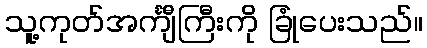
သူ့ကုတ်အင်္ကျီကြီးကို ခြုံပေးသည်။